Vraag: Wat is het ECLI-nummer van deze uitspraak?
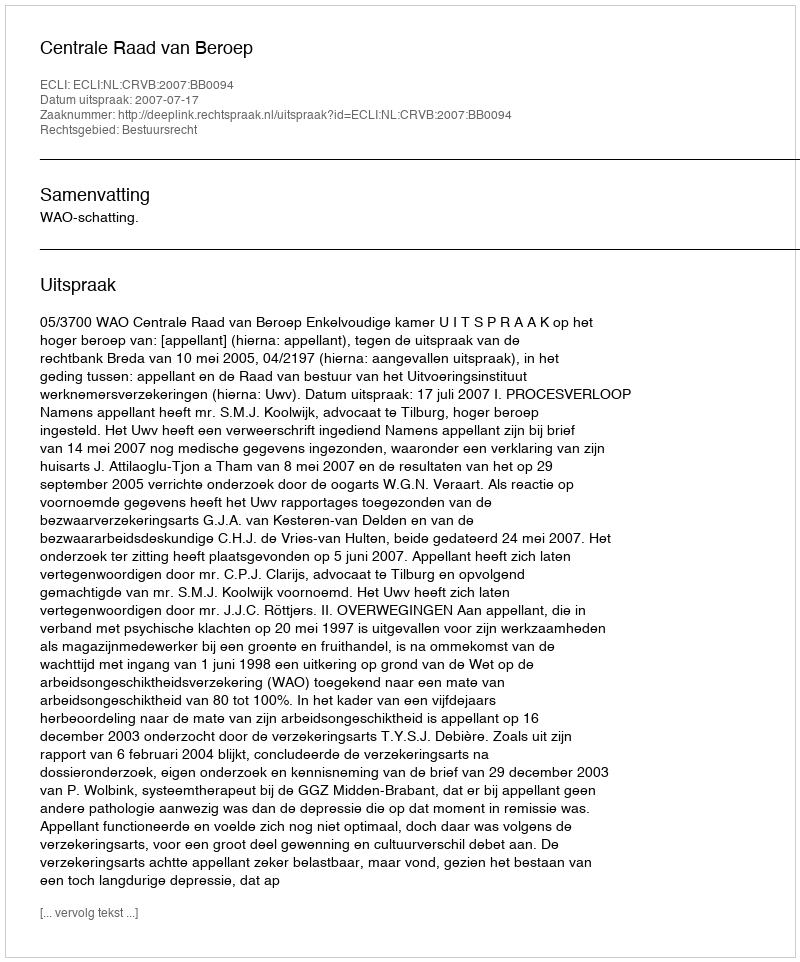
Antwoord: ECLI:NL:CRVB:2007:BB0094